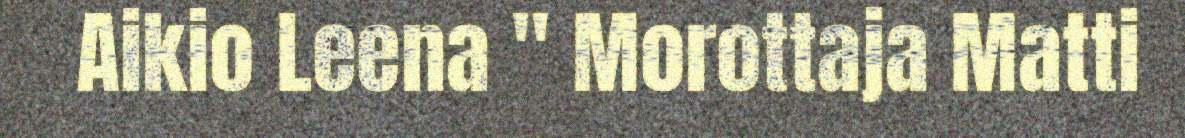
Aikio Leena " Morottaja Matti